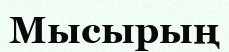
Мысырың